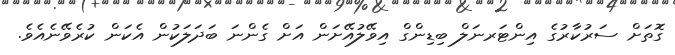
ގޮތަށް ސަރުކާރުގެ އިންޓަރނަލް ބިޑިންގް އިވޭލުއޭށަން އަށް ގެންނަ ބަދަލަކުން އެކަން ކުރެވޭނެއެވެ.